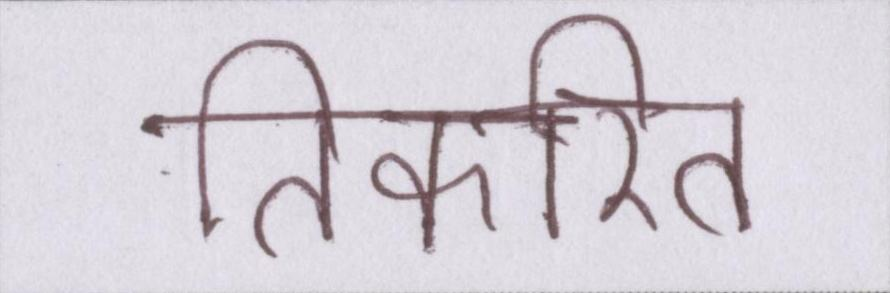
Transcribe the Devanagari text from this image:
तिकरित